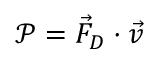
\mathscr { P } = \vec { F } _ { D } \cdot \vec { v }